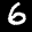
Label: 6